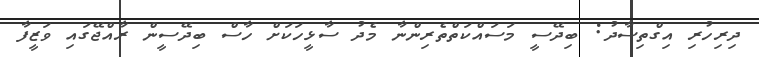
ދިރިހުރި އިގްތިސާދު: ބިދޭސީ މަސައްކަތްތެރިންނާ މެދު ސާޅީހަކަށް ހާސް ބިދޭސީން ރާއްޖޭގައި ވަޒީފާ